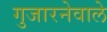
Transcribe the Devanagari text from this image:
गुजारनेवाले